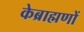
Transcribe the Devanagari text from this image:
केब्राह्मणों